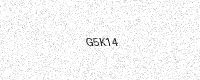
Text: G5K14